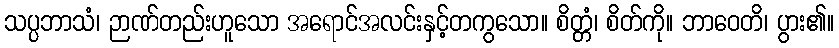
သပ္ပဘာသံ၊ ဉာဏ်တည်းဟူသော အရောင်အလင်းနှင့်တကွသော။ စိတ္တံ၊ စိတ်ကို။ ဘာဝေတိ၊ ပွား၏။